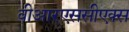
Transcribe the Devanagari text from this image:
वीआरएससीएक्स